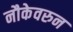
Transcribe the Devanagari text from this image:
नौकेवरुन